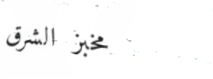
مخبز الشرق